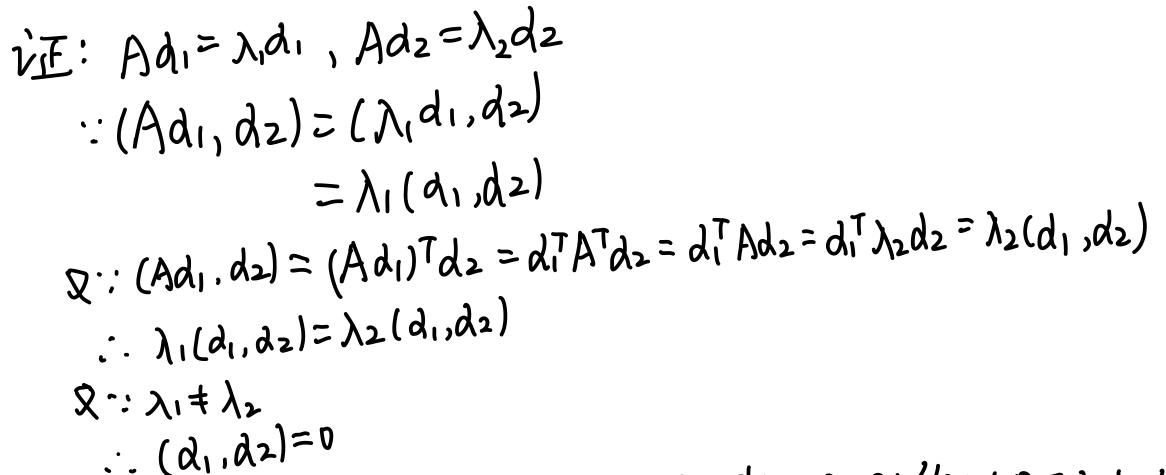
证：$Ad_1 = \lambda_1 d_1, Ad_2 = \lambda_2 d_2$
$\because (Ad_1, d_2) = (\lambda_1 d_1, d_2)$
$= \lambda_1 (d_1, d_2)$
又$\because (Ad_1, d_2) = (Ad_1)^T d_2 = d_1^T A^T d_2 = d_1^T A d_2 = d_1^T \lambda_2 d_2 = \lambda_2 (d_1, d_2)$
$\therefore \lambda_1 (d_1, d_2) = \lambda_2 (d_1, d_2)$
又$\because \lambda_1 \neq \lambda_2$
$\therefore (d_1, d_2) = 0$